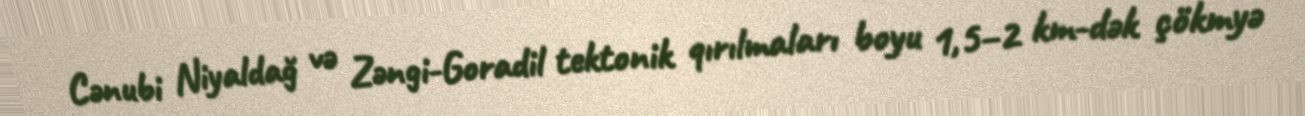
Cənubi Niyaldağ və Zəngi-Goradil tektonik qırılmaları boyu 1,5–2 km-dək çökmyə